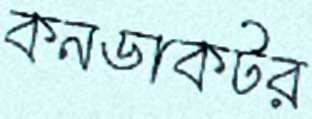
কনডাকটর